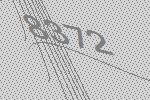
8372